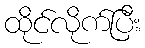
ထိုင်လိုက်ပြီး